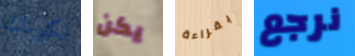
لكونك يكن بقراءة نرجع